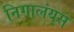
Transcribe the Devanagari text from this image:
निगालंय्‌स